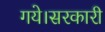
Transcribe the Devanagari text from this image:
गये।सरकारी